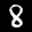
Label: 8